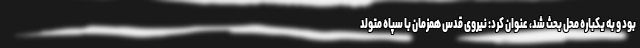
بود و به یکباره محل بحث شد، عنوان کرد: نیروی قدس همزمان با سپاه متولد